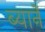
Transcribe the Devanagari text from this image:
ब्यार्ने